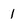
Character: 1